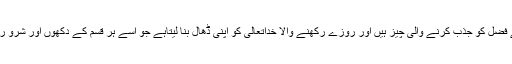
پس روزے خداتعالیٰ کے فضل کو جذب کرنے والی چیز ہیں اور روزے رکھنے والا خداتعالیٰ کو اپنی ڈھال بنا لیتاہے جو اسے ہر قسم کے دکھوں اور شرو ر سے محفوظ رکھتاہے‘‘۔